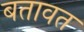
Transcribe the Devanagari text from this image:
बतावत